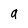
Character: 9